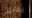
يقابلني